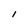
Character: I